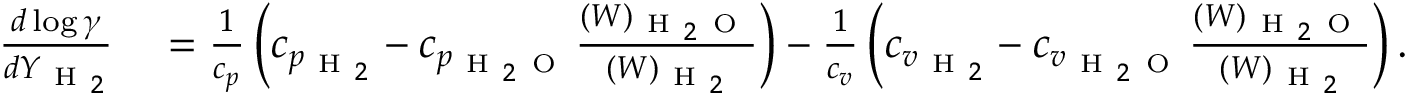
\begin{array} { r l } { \frac { d \log \gamma } { d Y _ { \mathrm { ~ H ~ } _ { 2 } } } } & { { } = \frac { 1 } { c _ { p } } \left( c _ { p _ { \mathrm { ~ H ~ } _ { 2 } } } - c _ { p _ { \mathrm { ~ H ~ } _ { 2 } \mathrm { ~ O ~ } } } \frac { ( W ) _ { \mathrm { ~ H ~ } _ { 2 } \mathrm { ~ O ~ } } } { ( W ) _ { \mathrm { ~ H ~ } _ { 2 } } } \right) - \frac { 1 } { c _ { v } } \left( c _ { v _ { \mathrm { ~ H ~ } _ { 2 } } } - c _ { v _ { \mathrm { ~ H ~ } _ { 2 } \mathrm { ~ O ~ } } } \frac { ( W ) _ { \mathrm { ~ H ~ } _ { 2 } \mathrm { ~ O ~ } } } { ( W ) _ { \mathrm { ~ H ~ } _ { 2 } } } \right) . } \end{array}